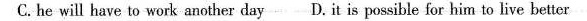
C.he will have to work another day-D.It is possible for him to live better